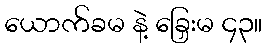
ယောက်ခမ နဲ့ ခြှေးမ ၄၃။